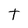
Character: t